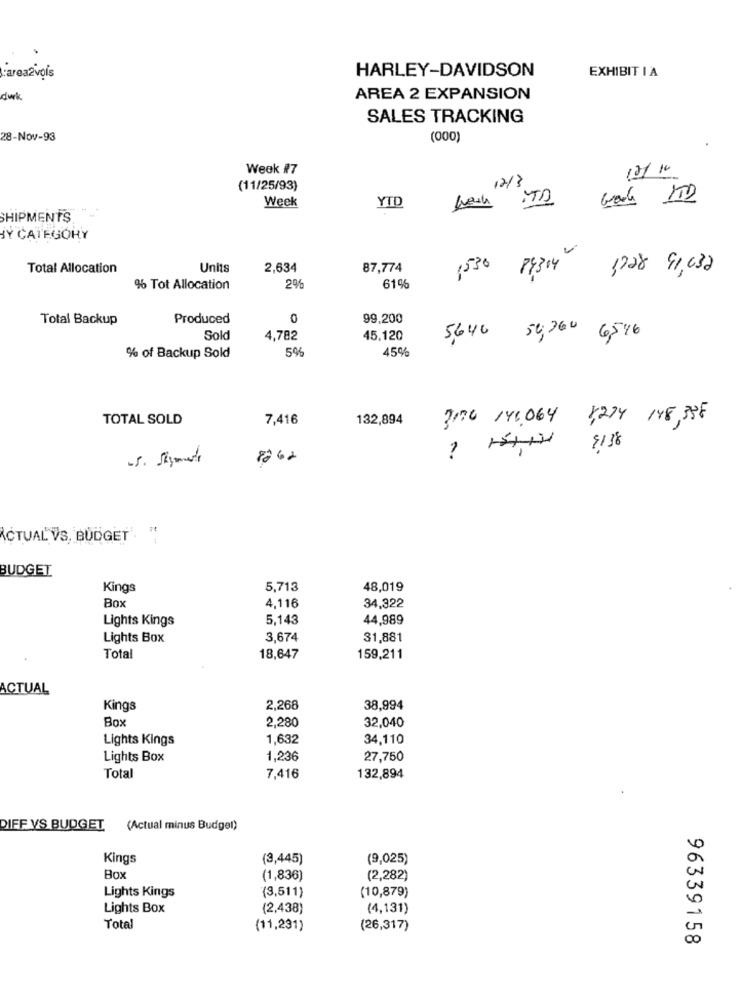
HARLEY-DAVIDSON
:area2vois
EXHIBIT I A
dwk.
AREA 2 EXPANSION
SALES TRACKING
28-Nov-93
(000)
Week #7
13/10
12/3
(11/25/93)
Week
ITD
YTD
SHIPMENTS
BY CATEGORY
essing seci
P4314
Total Allocation
Units
2,634
87,774
1530
% Tot Allocation
2%
61%
Total Backup
Produced
0
99,200
Sold
4,782
45,120
5,646 50,360 6546
5%
45%
% of Backup Sold
TOTAL SOLD
7,416
132,894
3.00 14,064
1224 148,336
-5. Shipments
8262
ACTUAL VS. BUDGET. "
BUDGET
Kings
5,713
48,019
Box
4,116
34,322
Lights Kings
5,143
44,989
Lights Box
3.674
31,881
Total
18,647
159,211
ACTUAL
Kings
2,268
38,994
Box
2,280
32,040
Lights Kings
1,632
34,110
Lights Box
1,236
27,750
Total
7,416
132,894
DIFF VS BUDGET (Actual minus Budget)
Kings
(3,445)
(9,025)
Box
(1,836)
(2,282)
Lights Kings
(3,511)
(10,879)
0
Lights Box
(2,438)
(4,131)
Total
(11,231)
(26,317)
20
96339158